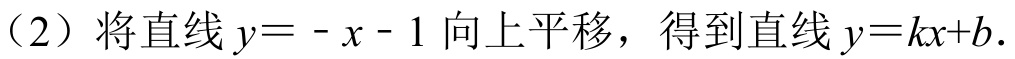
（2）将直线\(y = -x - 1\)向上平移，得到直线\(y = kx + b\)．